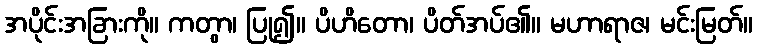
အပိုင်းအခြားကို။ ကတွာ၊ ပြု၍။ ပိဟိတော၊ ပိတ်အပ်၏။ မဟာရာဇ၊ မင်းမြတ်။